Calcutta medical institutions reports 1892-1900
Year: 1892
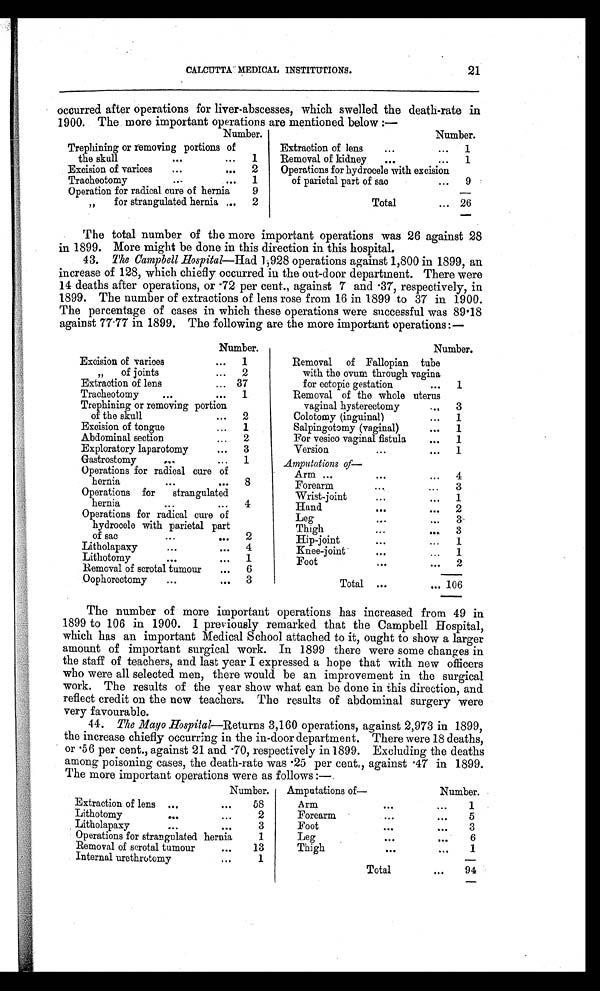
CALCUTTA MEDICAL INSTITUTIONS.
21
occurred after operations for liver-abscesses, which swelled the death-rate in
1900. The more important operations are mentioned below :—
Number.
Number.
Trephining or removing portions of
the skull
••.
. . .
1
Extraction of lens
...
...
1
Removal of kidney
...
...
1
Excision of varices
...
...
2
Operations for hydrocele with excision
of parietal part of sao
...
9
Tracheotomy
...
...
1
Operation for radical cure of hernia
9
,,
for strangulated. hernia ...
2
Total
... 26
The total number of the more important operations was 26 against 28
in 1899. More might be done in this direction in this hospital.
43. The Campbell Hospital—Had 1,928 operations against 1,800 in 1899, an
increase of 128, which chiefly occurred in the out-door department. There were
14 deaths after operations, or .72 per cent., against 7 and .37, respectively, in
1899. The number of extractions of lens rose from 16 in 1899 to 37 in 1900.
The percentage of cases in which these operations were successful was 89.18
against 77.77 in 1899. The following are the more important operations:—
Number.
Number.
Excision of varices
...
1
Removal of Fallopian tube
with the ovum through vagina
for ectopic gestation
...
1
„
of joints
...
2
Extraction of lens
... 37
Tracheotomy
...
...
1
Removal of the whole uterus
vaginal hysterectomy
. . . 3
Trephining or removing portion
of the skull
...
2
Colotomy (inguinal)
...
1
Excision of tongue
...
1
Salpingotomy (vaginal)
...
1
Abdominal section...
For vesico vaginal fistula
. . . 1
Exploratory laparotomy
...
3
Version
... ...
1
Gastrostomy
...
...
1
A m p u t a t i o n s o f —
Operations for radical cure of
hernia
...
...
8
Arm ...
...
...
4
. . .
Forearm...
3
Operations for
strangulated
hernia
...
. . . 4
Wrist-joint
... ... 1
Hand
...
...
2
Operations for radical cure of
hydrocele with parietal part
of sac
...
...
2
Leg
...
...
3
Thigh
...
....
3
Hip-joint
...
...
1
Litholapaxy
...
...
4
Knee-joint ... ...
1
Lithotomy
...
...
1
Foot
...
...
2
Removal of scrotal tumour
...
6
Total ...
... 106
Oophorectomy
...
. . . 3
The number of more important operations has increased from 49 in
1899 to 106 in 1900. 1 previously remarked that the Campbell Hospital,
which has an important Medical School attached to it, ought to show a larger
amount of important surgical work. In 1899 there were some changes in
the staff of teachers, and last year I expressed a hope that with new officers
who were all selected men, there would be an improvement in the surgical
work. The results of the year show what can be done in this direction, and
reflect credit on the new teachers. The results of abdominal surgery were
very favourable.
44. The Mayo Hospital—Returns 3,160 operations, against 2,973 in 1899,
the increase chiefly occurring in the in-door department. There were 18 deaths,
or .56 per cent., against 21 and .70, respectively in 1899. Excluding the deaths
among poisoning cases, the death-rate was .25 per cent., against .47 in 1899.
The more important operations were as follows :—.
Number.
Amputations of—
Number.
Extraction of lens ...
. . .
58
Arm
. . .
...
1
Lithotomy
...
. . .
2
Forearm
. . .
•••
5
Litholapaxy
...
. . .
3
Foot
. . .
...
3
Operations for strangulated hernia
1
Leg
. . .
...
6
Removal of scrotal tumour
. . .
13
Thigh
...
...
1
Internal urethrotomy
. . .
1
Total
...
94